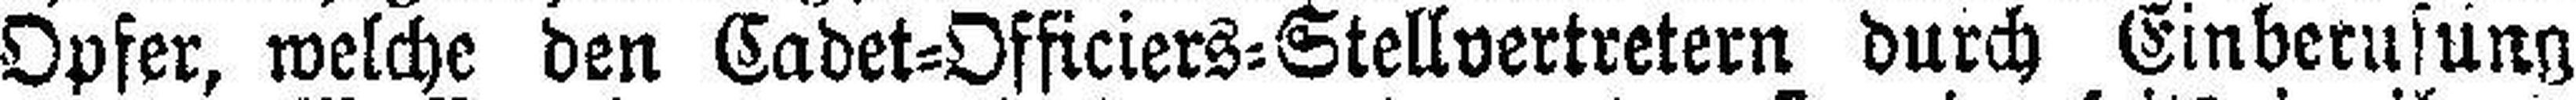
Opfer, welche den Cadet=Officiers=Stellvertretern durch Einberusung